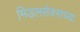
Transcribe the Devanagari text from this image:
मिडलसेक्सच्या